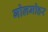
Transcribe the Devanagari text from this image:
गोलमोहर